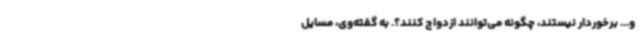
و... برخوردار نیستند، چگونه می‌توانند ازدواج کنند؟. به گفته‌وی، مسایل